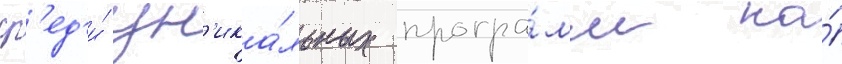
ср'ед'и́ ун'ика́льных програ́мм на́